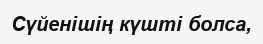
Сүйенішің күшті болса,